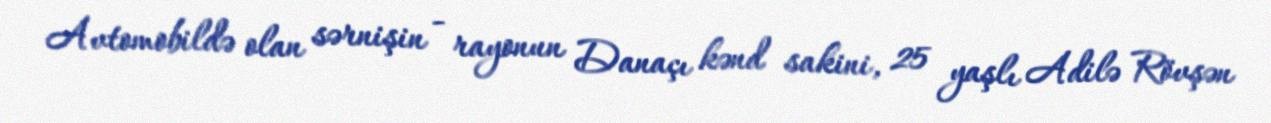
Avtomobildə olan sərnişin - rayonun Danaçı kənd sakini, 25 yaşlı Adilə Rövşən